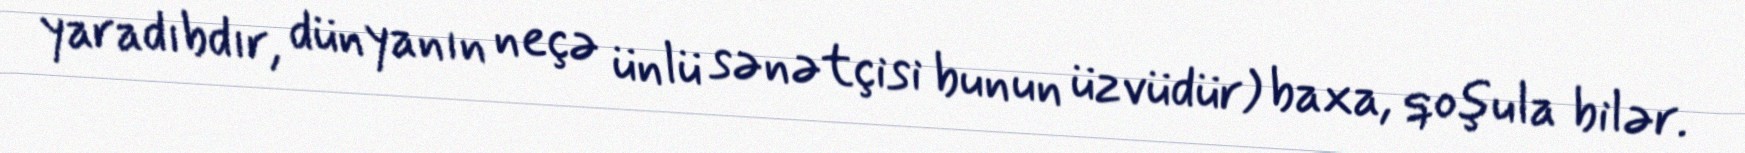
yaradıbdır, dünyanın neçə ünlü sənətçisi bunun üzvüdür) baxa, qoşula bilər.